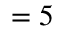
= 5